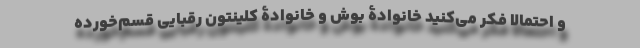
و احتمالاً فکر می‌کنید خانوادۀ بوش و خانوادۀ کلینتون رقبایی قسم‌خورده